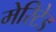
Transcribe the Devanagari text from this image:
मेरिटेड